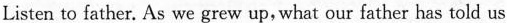
Listen to father. As we grew up, what our father has told us